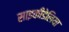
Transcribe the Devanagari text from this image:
साइकीडेलिया